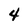
Character: 4